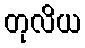
တုလိယ